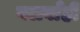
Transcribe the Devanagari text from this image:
गलबाँही